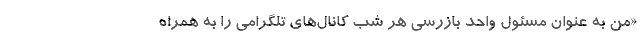
«من به عنوان مسئول واحد بازرسی هر شب کانال‌های تلگرامی را به همراه